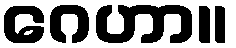
ဂေဟာ။